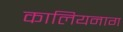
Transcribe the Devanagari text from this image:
कालियनाग